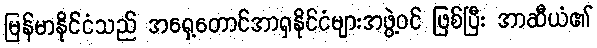
မြန်မာနိုင်ငံသည် အရှေ့တောင်အာရှနိုင်ငံများအဖွဲ့ဝင် ဖြစ်ပြီး အာဆီယံ၏